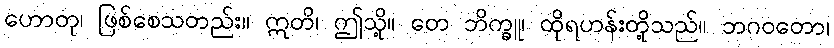
ဟောတု၊ ဖြစ်စေသတည်း။ ဣတိ၊ ဤသို့။ တေ ဘိက္ခူ၊ ထိုရဟန်းတို့သည်။ ဘဂဝတော၊